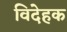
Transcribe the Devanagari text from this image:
विदेहक